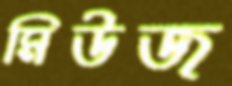
মিউজ